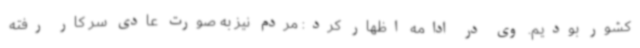
کشور بودیم. وی در ادامه اظهار کرد: مردم نیز به صورت عادی سر کار رفته